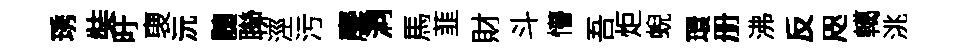
琇奘旴褏沅髄聯涇污麐洞馬韮財斗懵吾炬蜺環册沸反咫轕洮